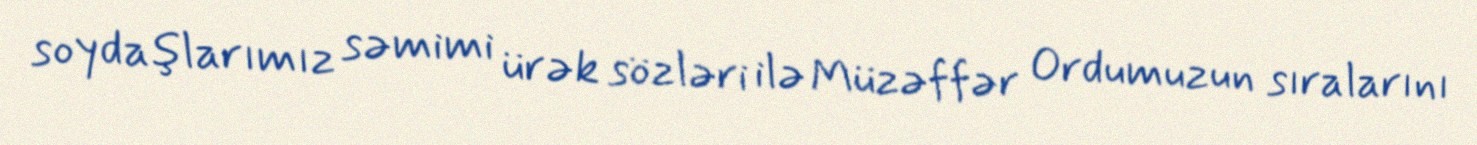
soydaşlarımız səmimi ürək sözləri ilə Müzəffər Ordumuzun sıralarını